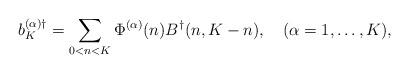
LaTeX: \begin{align*}b^{(\alpha)\dagger}_K=\sum_{0<n<K}\Phi^{(\alpha)}(n)B^{\dagger}(n,K-n), \ \ \ (\alpha=1,\ldots,K),\end{align*}